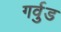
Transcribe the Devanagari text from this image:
गर्वुड